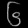
Digit: ၆